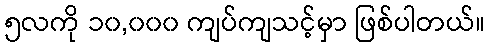
၅လကို ၁၀,၀၀၀ ကျပ်ကျသင့်မှာ ဖြစ်ပါတယ်။